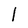
Character: 1